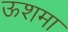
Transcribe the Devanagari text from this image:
ऊशमा